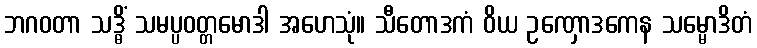
ဘဂဝတာ သဒ္ဓိံ သမပ္ပဝတ္တမောဒါ အဟေသုံ။ သီတောဒကံ ဝိယ ဥဏှောဒကေန သမ္မောဒိတံ